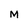
Character: M